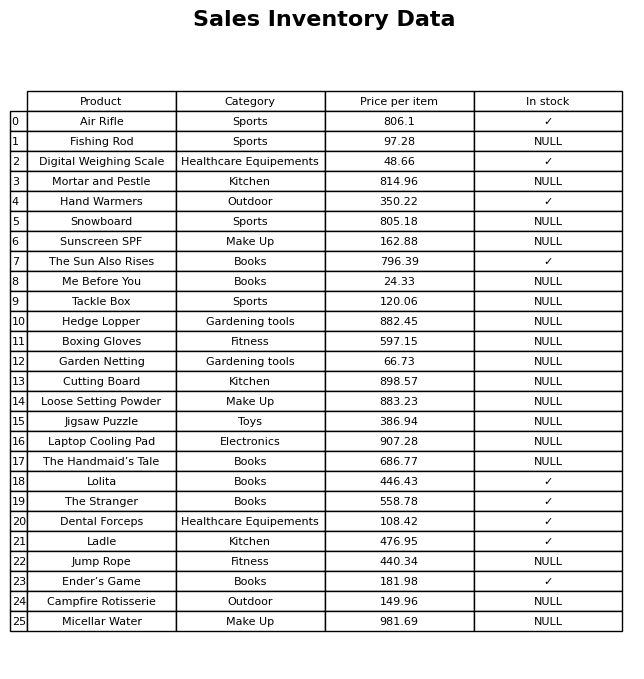
question: What is the price of the Loose Setting Powder?
answer: The price of Loose Setting Powder is 883.23.